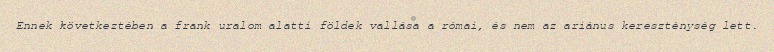
Ennek következtében a frank uralom alatti földek vallása a római, és nem az ariánus kereszténység lett.